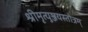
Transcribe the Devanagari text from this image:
श्रीमृत्युञ्जयस्तोत्रम्